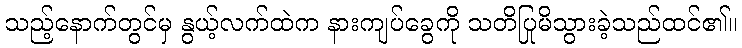
သည့်နောက်တွင်မှ နွယ့်လက်ထဲက နားကျပ်ခွေကို သတိပြုမိသွားခဲ့သည်ထင်၏။